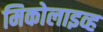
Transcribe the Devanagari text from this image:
मिकोलाइव्ह